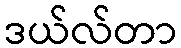
ဒယ်လ်တာ